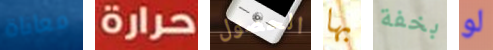
معاناة حرارة الحصول بها بخفة لو